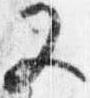
又